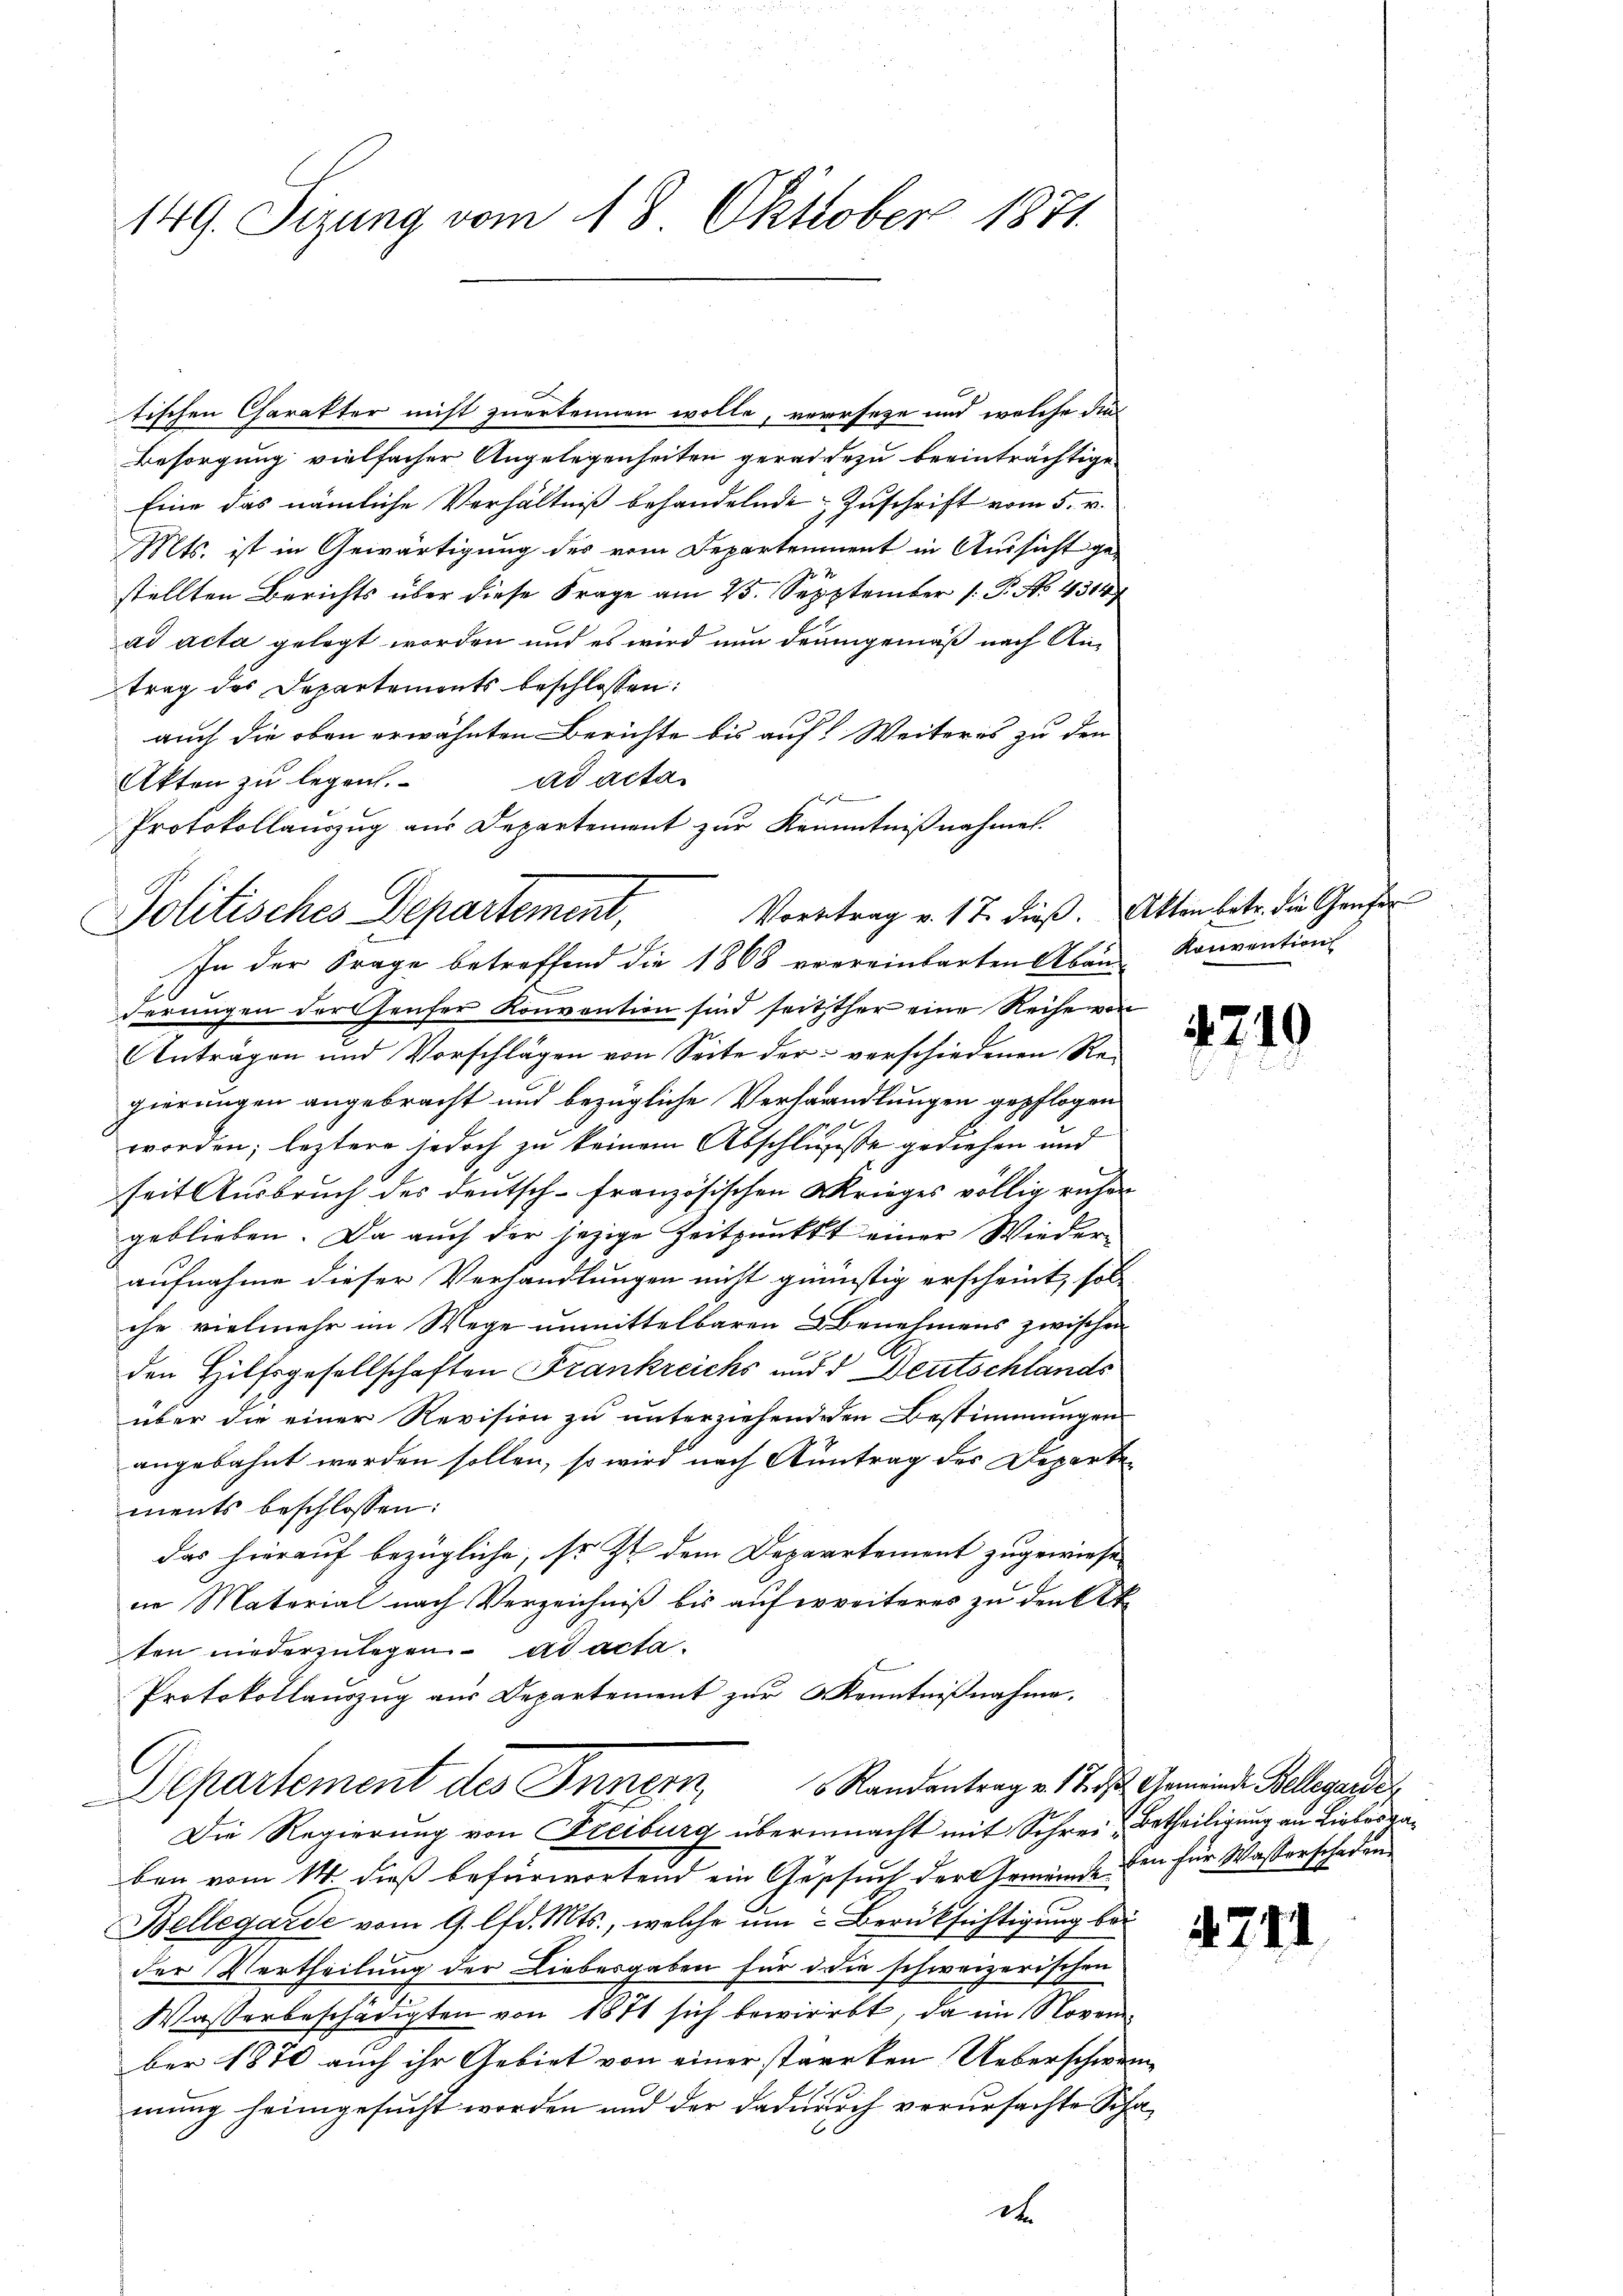
149. Sizung vom 18. Oktober 1871

tischen Charakter nicht zuerkennen wolle, verseze und welche die
Besorgung vielfacher Angelegenheiten geradezu beeinträchtige
Eine das nämliche Verhältniß behandelnde Zuschrift vom 5. v.
Mts. ist in Gewärtigung des vom Departement in Aussicht ge-
stellten Berichts über diese Frage am 25. Sepptember [P. No. 4314
ad acta gelegt worden und es wird nun demgemäß nach Antrag des Departements beschlossen:
auch die oben erwähnten Berichte bis auf Weiteres zu den
ad acta
Akten zu legen.
1
Protokollauszug aus Departement zur Kenntnißnahmen.
Vortrag v. 17. dieß. Akten betr. die Genfer
derungen derfenser Konvention sind seitzther eine Reihe von
Anträgen und Vorschlägen von Seite der verschiedenen Re-
gierungen angebracht und bezügliche Verhandlungen gepflogen
1x
worden; leztere jedoch zu keinem Abschliesse gediehen und
seit Ausbruch des Deutsch-französischen Krieges völlig ruhen
geblieben. Da auch der jezige Zeitpunkt einer Wiederaufnahme dieser Verhandlungen nicht günstig erscheint, sol
che vielmehr im Wege unmittelbaren Benehmens zwischen
den Hilfsgesellschaften Frankreichs und d Deutschlands
über die einer Revision zu unterziehenden Bestimmungen
angebahnt werden sollen, so wird nach Antrag des Departements beschlossen:
das hierauf bezügliche, so zu dem Departement zugewiese
ne Material nach Verzeichniß bis aufweiteres zu den Atten niederzulegen. ad acta.
Protokollauszug aus Departement zur Kenntnißnahme.
Randantrag v. 17. ds Gemeinde Bellegarde
Separtement des Innern,
Die Regierung von Freiburg übermacht mit Schrei Betheiligung an Liebesgaben vom 14. dieß befürwortend ein Gesuch der Gemeinde den für Wasserschaden
Bellegarde vom 9. lfd. Mts., welche um Berüksichtigung bei
der Vertheilung der Liebesgaben für die schweizerischen
Wasserbeschädigten von 1871 sich bewirbt, da im November 1870 auch ihr Gebiet von einer stärcken Ueberschwer
mung heimgesucht worden und der dadurch verursachte Sohn
dt

Politisches Departement,
In der Frage betreffend die 1868 verreinbarten Aban Konvention

4219

4744